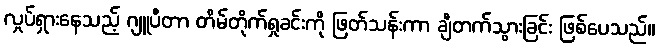
လှုပ်ရှားနေသည့် ဂျူပီတာ တိမ်တိုက်ရှုခင်းကို ဖြတ်သန်းကာ ချီတက်သွားခြင်း ဖြစ်ပေသည်။